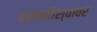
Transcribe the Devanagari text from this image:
चर्चाविश्वावर